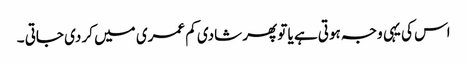
اس کی یہی وجہ ہوتی ہے یا تو پھر شادی کم عمری میں کر دی جاتی ۔